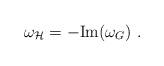
LaTeX: \begin{align*}\omega_{\cal H} = -\mathrm{Im}(\omega_G)~.\end{align*}